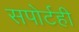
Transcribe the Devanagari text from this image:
सपोर्टही